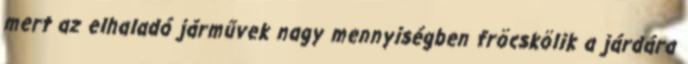
mert az elhaladó járművek nagy mennyiségben fröcskölik a járdára